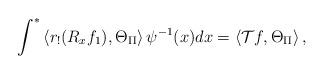
LaTeX: \begin{align*} \int^* \left<r_! (R_x f_1),\Theta_\Pi\right> \psi^{-1}(x) dx = \left<\mathcal T f,\Theta_\Pi\right>,\end{align*}